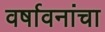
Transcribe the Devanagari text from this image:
वर्षावनांचा